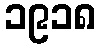
၁၉၁၈